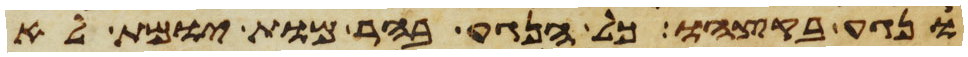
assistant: ונגע בקצהו כל הנגע בהר מות יומת לא